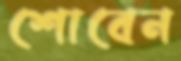
শোবেন